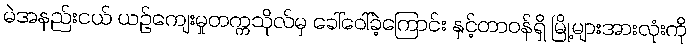
မဲအနည်းငယ် ယဉ်ကျေးမှုတက္ကသိုလ်မှ ခေါ်ဝေါ်ခဲ့ကြောင်း နှင့်တာဝန်ရှိ မြို့များအားလုံးကို